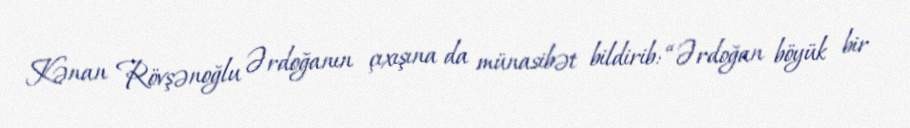
Kənan Rövşənoğlu Ərdoğanın çıxışına da münasibət bildirib: “Ərdoğan böyük bir